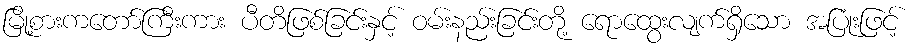
မြို့စားကတော်ကြီးကား ပီတိဖြစ်ခြင်းနှင့် ဝမ်းနည်းခြင်းတို့ ရောထွေးလျက်ရှိသော အပြုံးဖြင့်